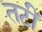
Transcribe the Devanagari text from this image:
तटीं